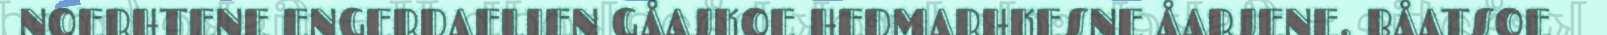
NOERHTENE ENGERDAELIEN GÅAJKOE HEDMARHKESNE ÅARJENE. BÅATSOE